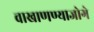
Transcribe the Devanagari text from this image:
वाखाणण्याजोगे